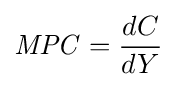
{\mathit {MPC}}={\frac {dC}{dY}}